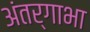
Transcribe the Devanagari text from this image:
अंतर्गाभा